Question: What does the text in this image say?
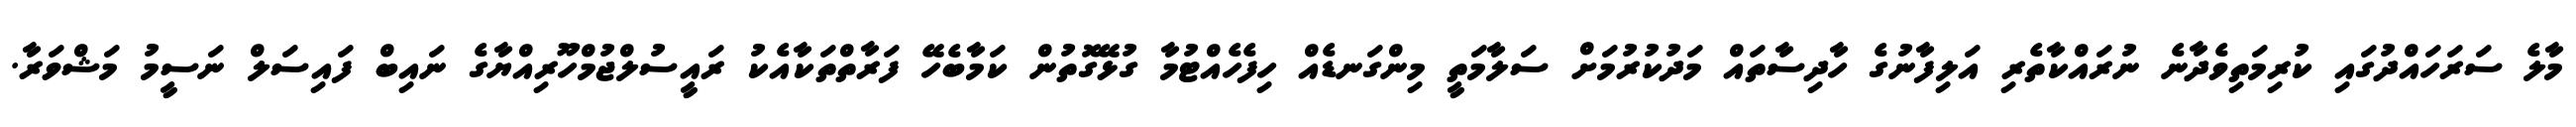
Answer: މާލެ ސަރަހައްދުގައި ކުރިމަތިވެދާނެ ނުރައްކާތެރި އަލިފާނުގެ ހާދިސާތައް މަދުކުރުމަށް ސަލާމަތީ މިންގަނޑެއް ހިފެހެއްޓުމާ ގުޅޭގޮތުން ކަމާބެހޭ ފަރާތްތަކާއެކު ރައީސުލްޖުމްހޫރިއްޔާގެ ނައިބް ފައިސަލް ނަސީމު މަޝްވަރާ.